Indian journal of veterinary science and animal husbandry - Volumes 28-29, 1958-1959
Year: 1958
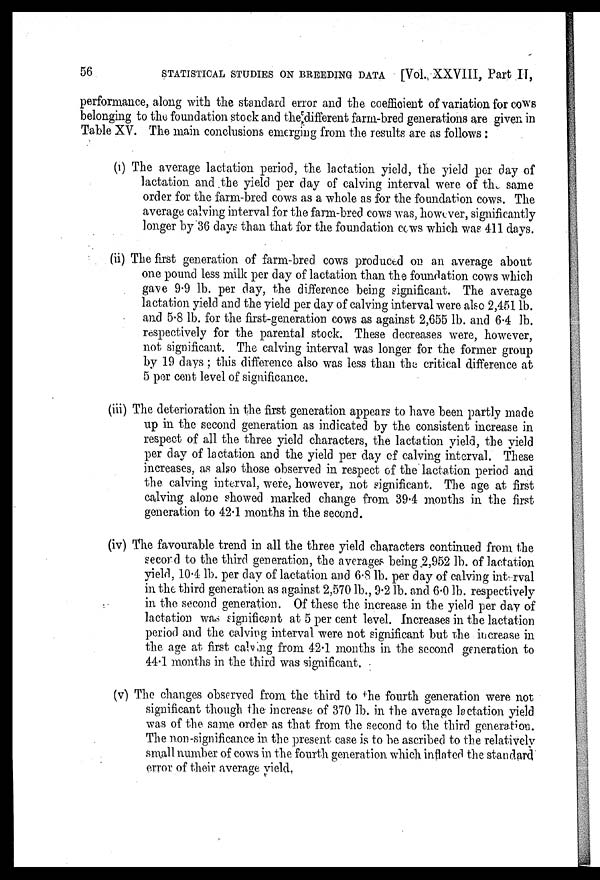
56
STATISTICAL STUDIES ON BREEDING DATA [Vol. XXVIII, Part II,
performance, along with the standard error and the coefficient of variation for cows
belonging to the foundation stock and the different farm-bred generations are given in
Table XV. The main conclusions emerging from the results are as follows :
(i) The average lactation period, the lactation yield, the yield per day of
lactation and the yield per day of calving interval were of the same
order for the farm-bred cows as a whole as for the foundation cows. The
average calving interval for the farm-bred cows was, however, significantly
longer by 36 days than that for the foundation cows which was 411 days.
(ii) The first generation of farm-bred cows produced on an average about
one pound less milk per day of lactation than the foundation cows which
gave 9.9 lb. per day, the difference being significant. The average
lactation yield and the yield per day of calving interval were also 2,451 lb.
and 5.8 lb. for the first-generation cows as against 2,655 lb. and 6.4 lb.
respectively for the parental stock. These decreases were, however,
not significant. The calving interval was longer for the former group
by 19 days ; this difference also was less than the critical difference at
5 per cent level of significance.
(iii) The deterioration in the first generation appears to have been partly made
up in the second generation as indicated by the consistent increase in
respect of all the three yield characters, the lactation yield, the yield
per day of lactation and the yield per day of calving interval. These
increases, as also those observed in respect of the lactation period and
the calving interval, were, however, not significant. The age at first
calving alone showed marked change from 39.4 months in the first
generation to 42.1 months in the second.
(iv) The favourable trend in all the three yield characters continued from the
second to the third generation, the averages being 2,952 lb. of lactation
yield, 10.4 lb. per day of lactation and 6.8 lb. per day of calving interval
in the third generation as against 2,570 lb., 9.2 lb. and 6.0 lb. respectively
in the second generation. Of these the increase in the yield per day of
lactation was significant at 5 per cent level. Increases in the lactation
period and the calving interval were not significant but the increase in
the age at first calving from 42.1 months in the second generation to
44.1 months in the third was significant.
(v) The changes observed from the third to the fourth generation were not
significant though the increase of 370 lb. in the average lactation yield
was of the same order as that from the second to the third generation.
The non-significance in the present case is to be ascribed to the relatively
small number of cows in the fourth generation which inflated the standard
error of their average yield.